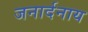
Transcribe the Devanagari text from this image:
जनार्दनाय